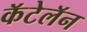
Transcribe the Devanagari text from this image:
कॅटेलॅन